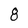
Character: 8